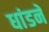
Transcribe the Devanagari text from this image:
धांडने